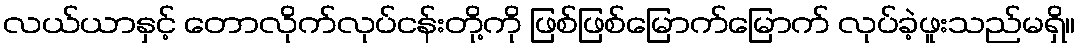
လယ်ယာနှင့် တောလိုက်လုပ်ငန်းတို့ကို ဖြစ်ဖြစ်မြောက်မြောက် လုပ်ခဲ့ဖူးသည်မရှိ။